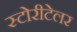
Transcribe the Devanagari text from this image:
स्टोरीटेलर